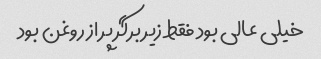
خیلی عالی بود فقط زیر برگر پر از روغن بود